Vaccination in the Punjab 1897-1904 - 1897-1904
Year: 1897
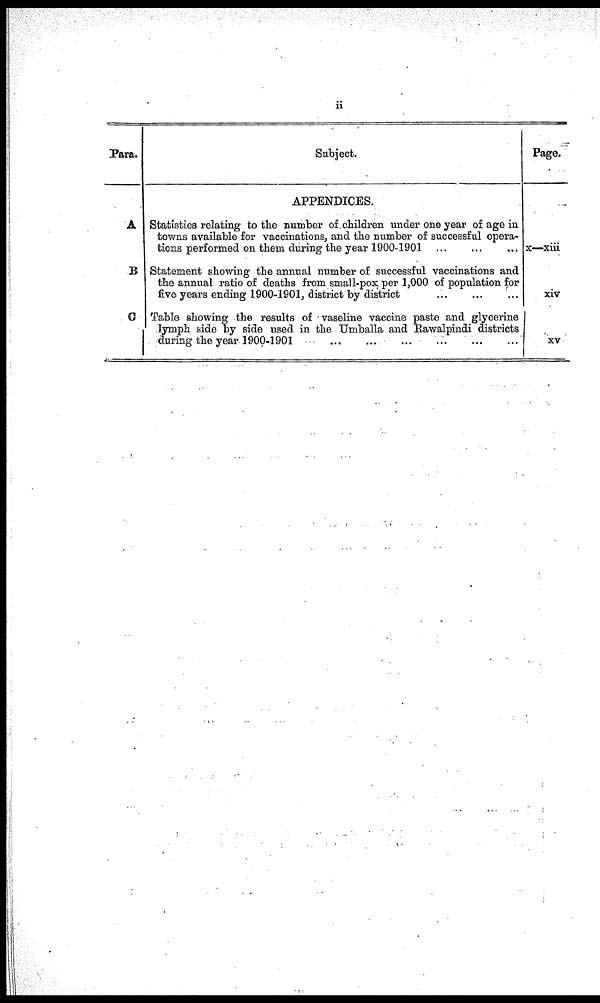
ii
Para.
A
B
C
Subject.
APPENDICES.
Statistics relating to the number of children under one year of age in
towns available for vaccinations, and the number of successful opera-
tions performed on them during the year 1900-1901 ... ... ...
Statement showing the annual number of successful vaccinations and
the annual ratio of deaths from small-pox per 1,000 of population for
five years ending 1900-1901, district by district
...
...
...
Table showing the results of vaseline vaccine paste and glycerine
lymph side by side used in the Umballa and Rawalpindi districts
during the year 1900-1901
...
...
...
...
...
...
Page.
x—xiii
xiv
xv